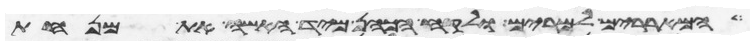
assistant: המאררים למרים ולקח הכהן מיד האשה את מנחת